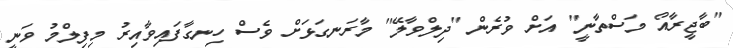
"ބާޖީރާއޯ މަސްތާނީ" އަށް ވުރެން "ދިލްވާލޭ" މާރަނގަޅަށް ވެސް ހިނގާފައިވާއިރު މިފިލްމު ވަނީ